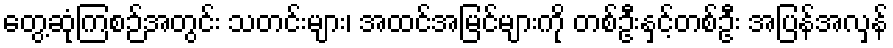
တွေ့ဆုံကြစဉ်အတွင်း သတင်းများ၊ အထင်အမြင်များကို တစ်ဦးနှင့်တစ်ဦး အပြန်အလှန်